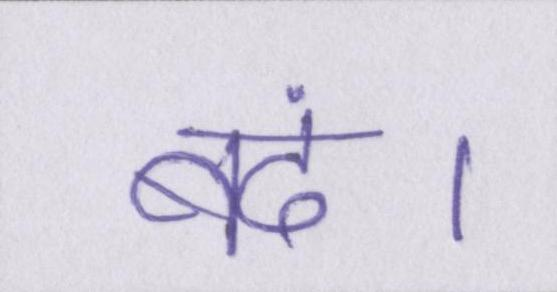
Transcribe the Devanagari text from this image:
बंद।